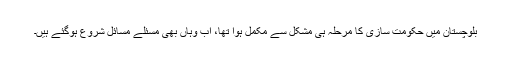
بلوچستان میں حکومت سازی کا مرحلہ ہی مشکل سے مکمل ہوا تھا، اب وہاں بھی مسئلے مسائل شروع ہوگئے ہیں۔